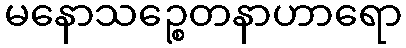
မနောသဉ္စေတနာဟာရော